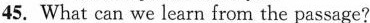
45. What can we learn from the passage?